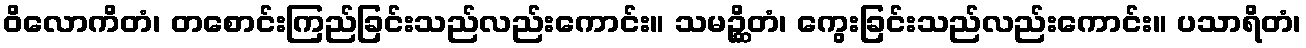
ဝိလောကိတံ၊ တစောင်းကြည်ခြင်းသည်လည်းကောင်း။ သမဉ္ဆိတံ၊ ကွေးခြင်းသည်လည်းကောင်း။ ပသာရိတံ၊